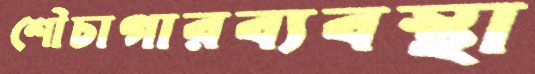
শৌচাগারব্যবস্থা